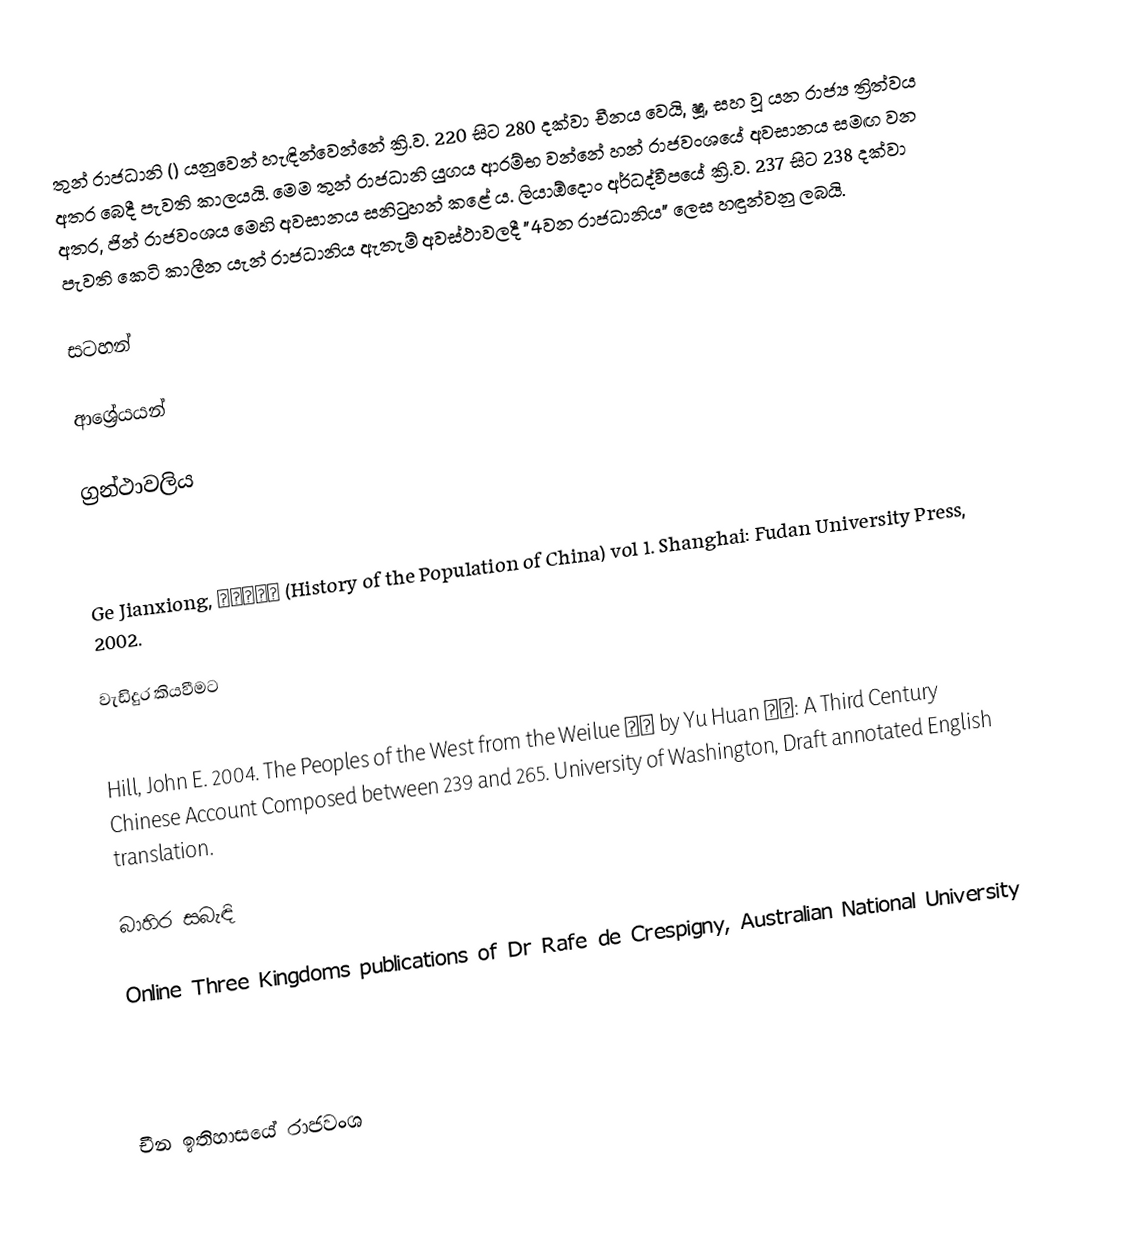
තුන් ‍රාජධානි () යනුවෙන් හැඳින්වෙන්නේ ක්‍රි.ව. 220 සිට 280 දක්වා චීනය වෙයි, ෂූ, සහ වූ යන රාජ්‍ය ත්‍රිත්වය අතර බෙදී පැවති කාලයයි. මෙම තුන් රාජධානි යුගය ආරම්භ වන්නේ හන් රාජවංශයේ අවසානය සමඟ වන අතර, ජින් ‍රාජවංශය මෙහි අවසානය සනිටුහන් කළේ ය. ලියාඕදොං අර්ධද්වීපයේ ක්‍රි.ව. 237 සිට 238 දක්වා පැවති කෙටි කාලීන යැන් ‍රාජධානිය ඇතැම් අවස්ථාවලදී "4වන රාජධානිය" ලෙස හඳුන්වනු ලබයි.

සටහන්

ආශ්‍රේයයන්

ග්‍රන්ථාවලිය

 Ge Jianxiong, 中国人口史 (History of the Population of China) vol 1. Shanghai: Fudan University Press, 2002.

වැඩිදුර කියවීමට

 Hill, John E. 2004. The Peoples of the West from the Weilue 魏略 by Yu Huan 魚豢: A Third Century Chinese Account Composed between 239 and 265.   University of Washington, Draft annotated English translation.

බාහිර සබැඳි

 Online Three Kingdoms publications of Dr Rafe de Crespigny, Australian National University

චීන ඉතිහාසයේ රාජවංශ